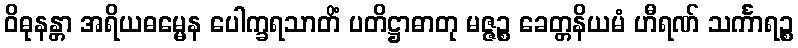
ဝိဓုနန္တာ အရိယဓမ္မေန ပေါက္ခရသာတိံ ပတိဋ္ဌာဓာတု မဇ္ဇဉ္စ ခေတ္တနိယမံ ဟီရဏ် သင်္ကာရဉ္စ